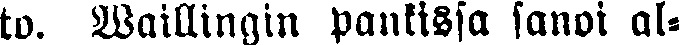
to. Waillingin pantissa sanoi al-